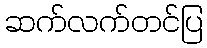
ဆက်လက်တင်ပြ